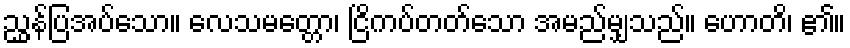
ညွှန်ပြအပ်သော။ လေသမတ္တော၊ ငြိကပ်တတ်သော အမည်မျှသည်။ ဟောတိ၊ ၏။